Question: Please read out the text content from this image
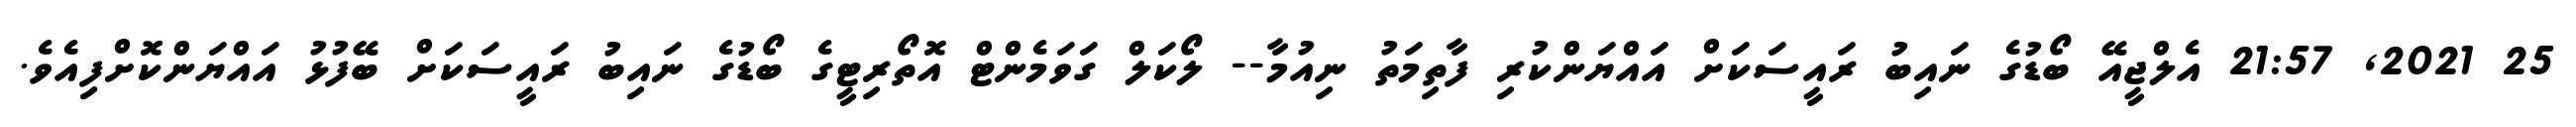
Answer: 25 2021, 21:57 އެލްޖީއޭ ބޯޑުގެ ނައިބު ރައީސަކަށް އައްޔަންކުރި ފާތިމަތު ނިއުމާ-- ލޯކަލް ގަވަމެންޓް އޮތޯރިޓީގެ ބޯޑުގެ ނައިބު ރައީސަކަށް ބޭފުޅު އައްޔަންކޮށްފިއެވެ.